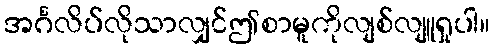
အင်္ဂလိပ်လိုသာလျှင်ဤစာမူကိုလျစ်လျူရှုပါ။